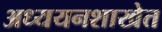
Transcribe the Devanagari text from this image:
अध्ययनशाखेत